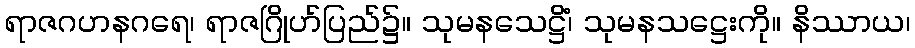
ရာဇဂဟနဂရေ၊ ရာဇဂြိုဟ်ပြည်၌။ သုမနသေဋ္ဌိံ၊ သုမနသဋ္ဌေးကို။ နိဿာယ၊